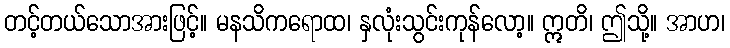
တင့်တယ်သောအားဖြင့်။ မနသိကရောထ၊ နှလုံးသွင်းကုန်လော့။ ဣတိ၊ ဤသို့။ အာဟ၊